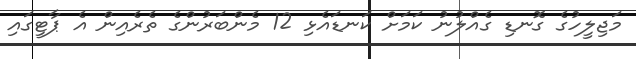
މަޖިލީހުގެ ގޮނޑި ގެއްލުނު ކަމަށް ކަނޑައެޅި 12 މެންބަރުންގެ ތެރެއިން އެ ޕާޓީގައި